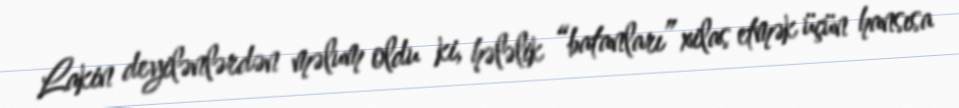
Lakin deyilənlərdən məlum oldu ki, hələlik “batanları” xilas etmək üçün hansısa